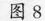
图8